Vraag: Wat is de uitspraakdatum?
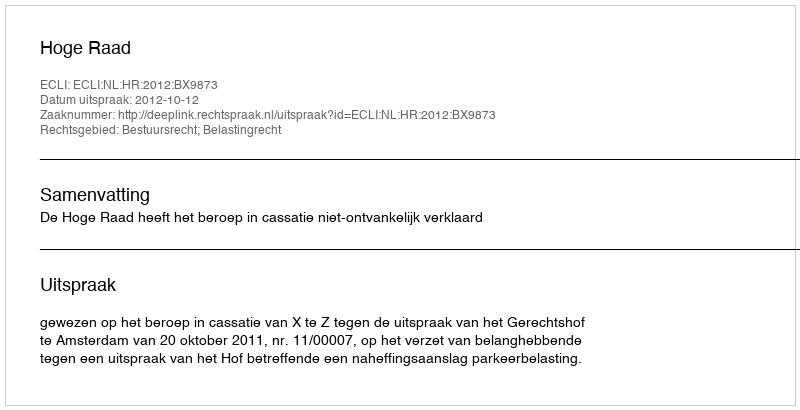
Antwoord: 2012-10-12